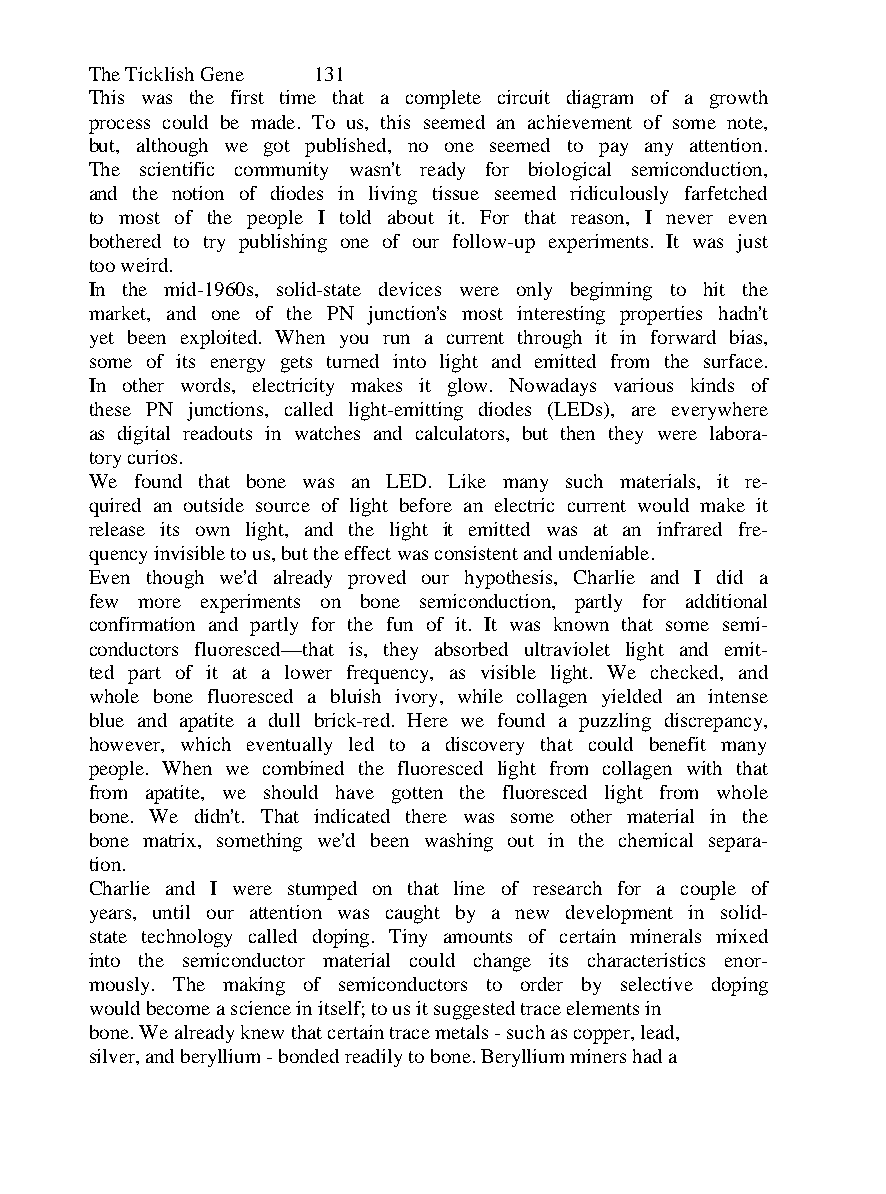
The Ticklish Gene 131
 This was the first time that a complete circuit diagram of a growth
 process could be made. To us, this seemed an achievement of some note,
 but, although we got published, no one seemed to pay any attention.
 The scientific community wasn't ready for biological semiconduction,
 and the notion of diodes in living tissue seemed ridiculously farfetched
 to most of the people I told about it. For that reason, I never even
 bothered to try publishing one of our follow-up experiments. It was just
 too weird.
 In the mid-1960s, solid-state devices were only beginning to hit the
 market, and one of the PN junction's most interesting properties hadn't
 yet been exploited. When you run a current through it in forward bias,
 some of its energy gets turned into light and emitted from the surface.
 In other words, electricity makes it glow. Nowadays various kinds of
 these PN junctions, called light-emitting diodes (LEDs), are everywhere
 as digital readouts in watches and calculators, but then they were labora-
 tory curios.
 We found that bone was an LED. Like many such materials, it re-
 quired an outside source of light before an electric current would make it
 release its own light, and the light it emitted was at an infrared fre-
 quency invisible to us, but the effect was consistent and undeniable.
 Even though we'd already proved our hypothesis, Charlie and I did a
 few more experiments on bone semiconduction, partly for additional
 confirmation and partly for the fun of it. It was known that some semi-
 conductors fluoresced—that is, they absorbed ultraviolet light and emit-
 ted part of it at a lower frequency, as visible light. We checked, and
 whole bone fluoresced a bluish ivory, while collagen yielded an intense
 blue and apatite a dull brick-red. Here we found a puzzling discrepancy,
 however, which eventually led to a discovery that could benefit many
 people. When we combined the fluoresced light from collagen with that
 from apatite, we should have gotten the fluoresced light from whole
 bone. We didn't. That indicated there was some other material in the
 bone matrix, something we'd been washing out in the chemical separa-
 tion.
 Charlie and I were stumped on that line of research for a couple of
 years, until our attention was caught by a new development in solid-
 state technology called doping. Tiny amounts of certain minerals mixed
 into the semiconductor material could change its characteristics enor-
 mously. The making of semiconductors to order by selective doping
 would become a science in itself; to us it suggested trace elements in
 bone. We already knew that certain trace metals - such as copper, lead,
 silver, and beryllium - bonded readily to bone. Beryllium miners had a